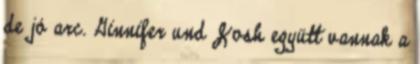
de jó arc. Ginnifer und Josh együtt vannak a